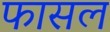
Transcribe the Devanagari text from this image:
फासल